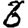
Digit: 6